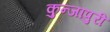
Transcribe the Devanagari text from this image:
कुन्जापुरी